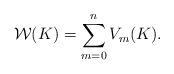
LaTeX: \begin{align*}\mathcal{W}(K) = \sum_{m=0}^n V_m(K).\end{align*}